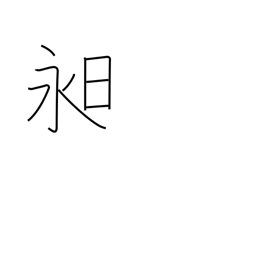
Meaning: long day